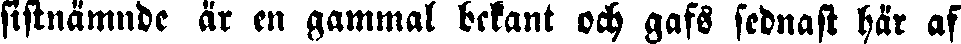
sistnämnde är en gammal bekant och gafs sednast här af